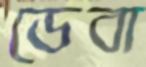
ডেবা